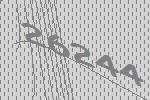
26244